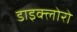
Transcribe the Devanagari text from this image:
डाइक्लोरो